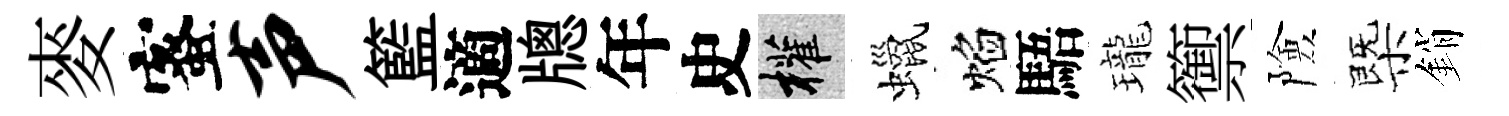
麥蜜声籃適牕年史權蠟焰䮏瓏籞險㮣銷